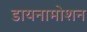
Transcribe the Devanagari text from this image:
डायनामोशन